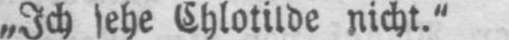
„Ich sehe Chlotilde nicht.“